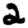
Digit: 2